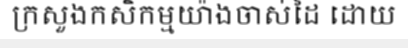
ក្រសួងកសិកម្មយ៉ាងចាស់ដៃ ដោយ